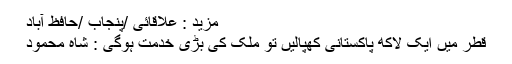
مزید : علاقائی /پنجاب /حافظ آباد
قطر میں ایک لاکھ پاکستانی کھپالیں تو ملک کی بڑی خدمت ہوگی : شاہ محمود